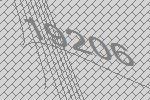
19206